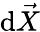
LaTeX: \mathrm{d}\vec{{X}}